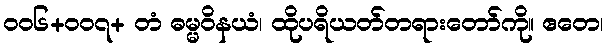
၀၀၆+၀၀၇+ တံ ဓမ္မဝိနယံ၊ ထိုပရိယတ်တရားတော်ကို။ ဧတေ၊